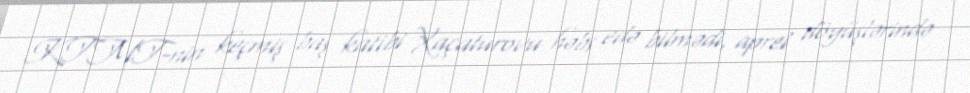
KTMT-nin keçmiş baş katibi Xaçaturovu həbs edə bilmədi, aprel döyüşlərində